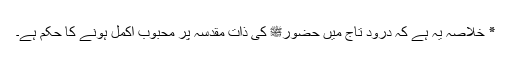
٭ خلاصہ یہ ہے کہ درود تاج میں حضورﷺ کی ذات مقدسہ پر محبوب اکمل ہونے کا حکم ہے۔